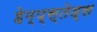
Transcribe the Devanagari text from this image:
हेम्प्स्तेड्स